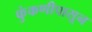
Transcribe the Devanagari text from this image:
फुंकणीपासून